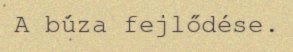
A búza fejlődése.